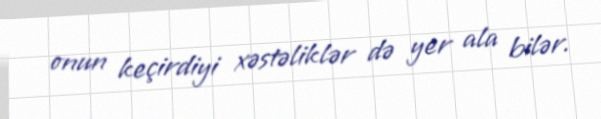
onun keçirdiyi xəstəliklər də yer ala bilər.